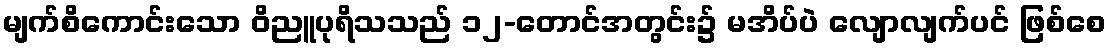
မျက်စိကောင်းသော ဝိညူပုရိသသည် ၁၂-တောင်အတွင်း၌ မအိပ်ပဲ လျောလျက်ပင် ဖြစ်စေ